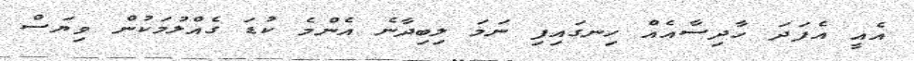
އެއީ އެފަދަ ހާދިސާއެއް ހިނގައިފި ނަމަ ލިބިދާނެ އެންމެ ކުޑަ ގެއްލުމަކުން ވިޔަސް